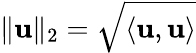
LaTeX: \| \mathbf{u}\| _{2}=\sqrt{\langle\mathbf{u},\mathbf{u}\rangle}